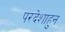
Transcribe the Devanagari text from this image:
परदेशाहुन